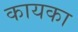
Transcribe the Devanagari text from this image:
कायका